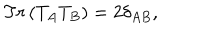
LaTeX: T r \left( T _ { A } T _ { B } \right) = 2 \delta _ { A B } ,